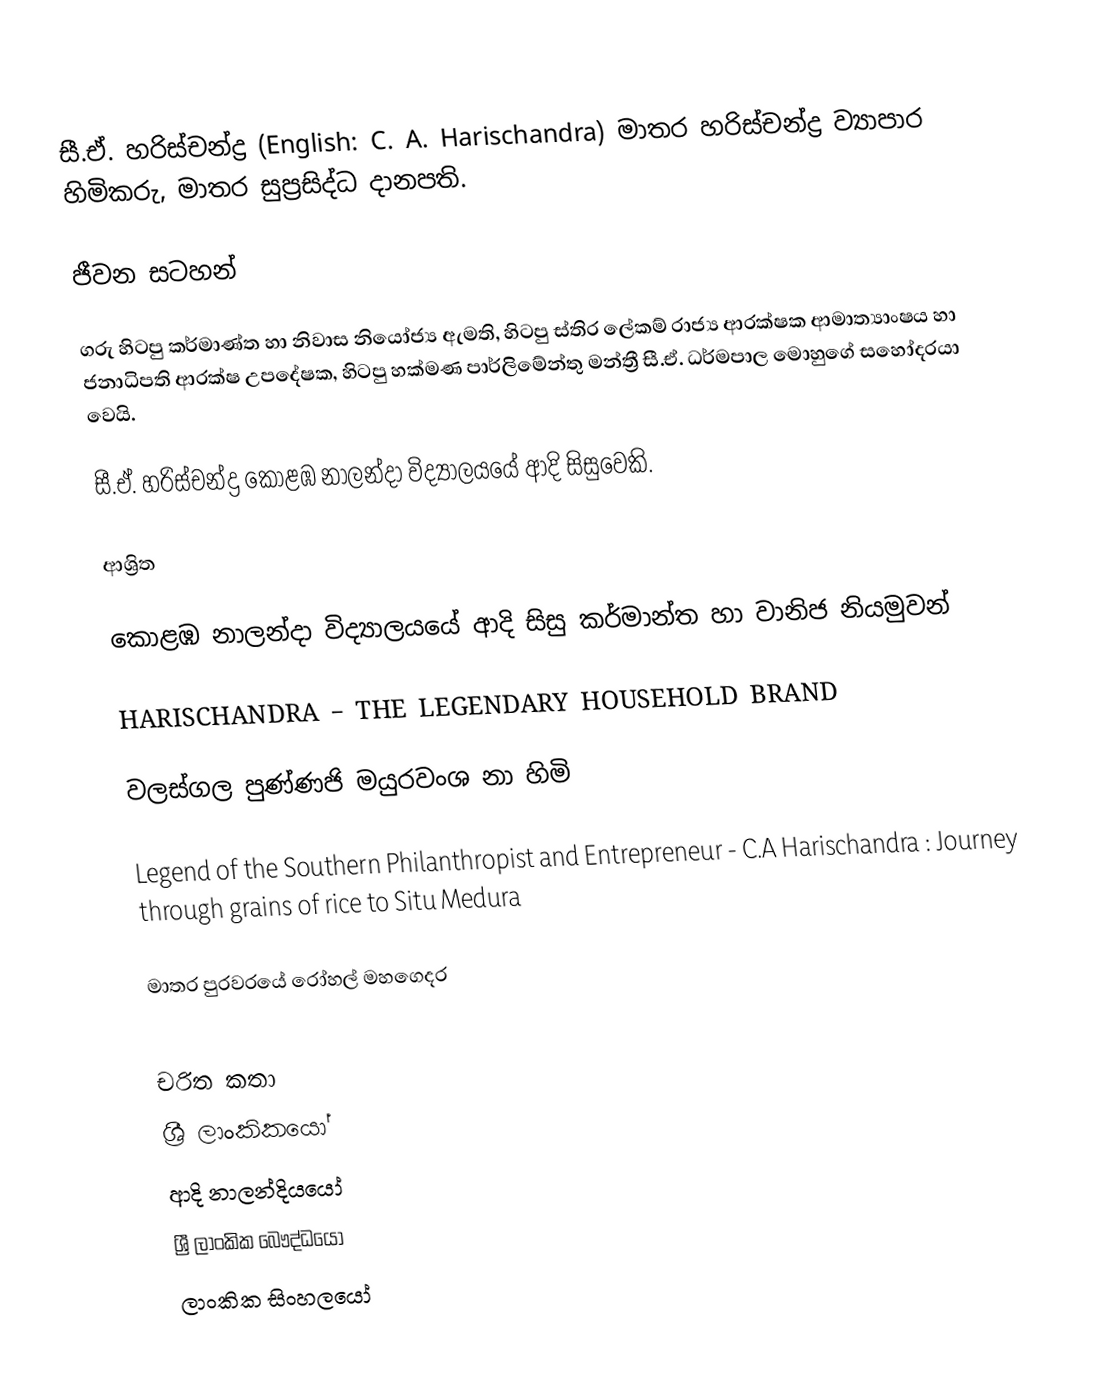
සී.ඒ. හරිස්චන්ද්‍ර (English: C. A. Harischandra) මාතර හරිස්චන්ද්‍ර ව්‍යාපාර හිමිකරු, මාතර සුප්‍රසිද්ධ දානපති.

ජීවන සටහන්

ගරු හිටපු කර්මාණ්ත හා නිවාස නියෝජ්‍ය ඇමති, හිටපු ස්තිර ලේකම් රාජ්‍ය ආරක්ෂක ආමාත්‍යාංෂය හා ජනාධිපති ආරක්ෂ උපදේෂක, හිටපු හක්මණ පාර්ලිමේන්තු මන්ත්‍රී සී.ඒ. ධර්මපාල මොහුගේ සහෝදරයා වෙයි.

සී.ඒ. හරිස්චන්ද්‍ර  කොළඹ නාලන්දා විද්‍යාලයයේ ආදි සිසුවෙකි.

ආශ්‍රිත

 කොළඹ නාලන්දා විද්‍යාලයයේ ආදි සිසු කර්මාන්ත හා වානිජ නියමුවන්

 HARISCHANDRA – THE LEGENDARY HOUSEHOLD BRAND

 වලස්ගල පුණ්ණජි මයුරවංශ නා හිමි

 Legend of the Southern Philanthropist and Entrepreneur - C.A Harischandra : Journey through grains of rice to Situ Medura

 මාතර පුරවරයේ ‍‍රෝහල් මහගෙදර

චරිත කතා
ශ්‍රී ලාංකිකයෝ
ආදි නාලන්දියයෝ
ශ්‍රී ලාංකික බෞද්ධයෝ
ලාංකික සිංහලයෝ